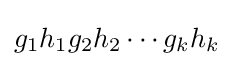
g_{1}h_{1}g_{2}h_{2}\cdots g_{k}h_{k}